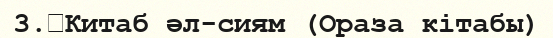
3.	Китаб әл-сиям (Ораза кітабы)